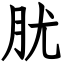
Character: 肬